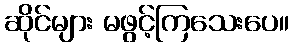
ဆိုင်များ မဖွင့်ကြသေးပေ။